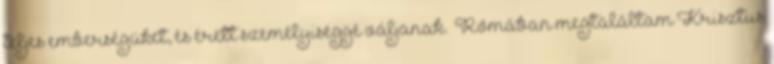
teljes emberségüket, és érett személyiséggé váljanak. „Rómában megtaláltam Krisztus